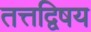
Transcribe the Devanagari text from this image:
तत्तद्विषय